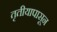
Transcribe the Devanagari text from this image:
तृतीयापासून